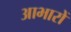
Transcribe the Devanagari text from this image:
आभारों